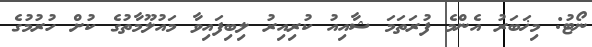
ނޯޓު: މިޚަބަރު އެންމެ ފުރަތަމަ ޝާއިއު ކުރިއިރު ލިބިފައިވާ މައުލޫމާތުގެ ކުށް ހުރުމުގެ